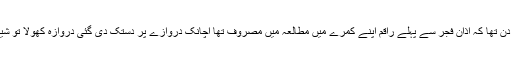
محدث راجووالوی اور ۱۴ جنوری ۲۰۱۴ کا دن ۱۴ جنوری کا دن انتہائی افسوس ناک دن تھا کہ اذان فجر سے پہلے راقم اپنے کمرے میں مطالعہ میں مصروف تھا اچانک دروازے پر دستک دی گئی دروازہ کھولا تو شیخ عدنان حفظہ اللہ نے کہا کہ محترم بابا جی وفات پاگئے ہیں انا للہ وانا الیہ راجعون ۔